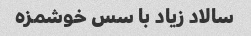
سالاد زیاد با سس خوشمزه